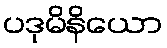
ပဒုမိနိယော